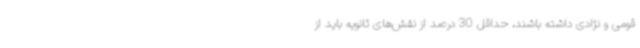
قومی و نژادی داشته باشند، حداقل 30 درصد از نقش‌های ثانویه باید از